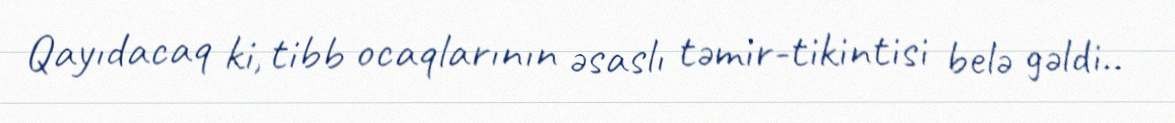
Qayıdacaq ki, tibb ocaqlarının əsaslı təmir-tikintisi belə gəldi..